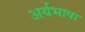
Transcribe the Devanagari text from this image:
अर्यभाषा